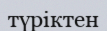
түріктен